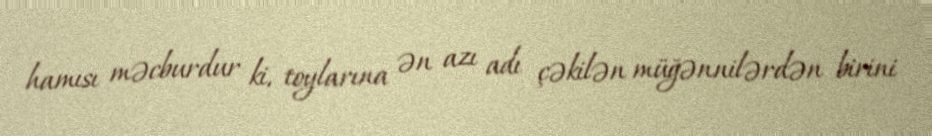
hamısı məcburdur ki, toylarına ən azı adı çəkilən müğənnilərdən birini